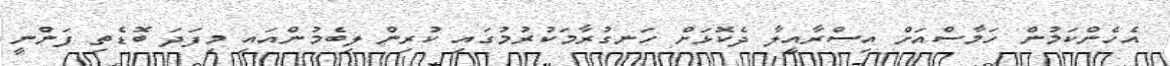
އެހެންކަމުން ހަމާސްއަށް އިސްރާއީލާ ދެކޮޅަށް ހަނގުރާމަކުރުމުގައި ކުރިން ލިބެމުންއައި މިފަދަ ބޮޑެތި ފަންނީ